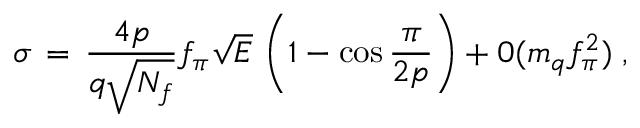
\sigma \, = \, \frac { 4 p } { q \sqrt { N _ { f } } } f _ { \pi } \sqrt { E } \, \left( 1 - \cos \frac { \pi } { 2 p } \right) + 0 ( m _ { q } f _ { \pi } ^ { 2 } ) \; ,